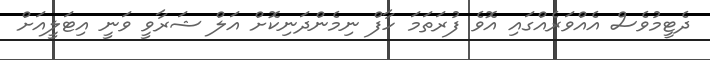
ދެޓީމުވެސް އެއްވަރެއްގައި އޮވެ ފުރަތަމަ ހާފް ނިމެންދަނިކޮށް އަލް ޝަރާވީ ވަނީ އިޓަލީއަށް